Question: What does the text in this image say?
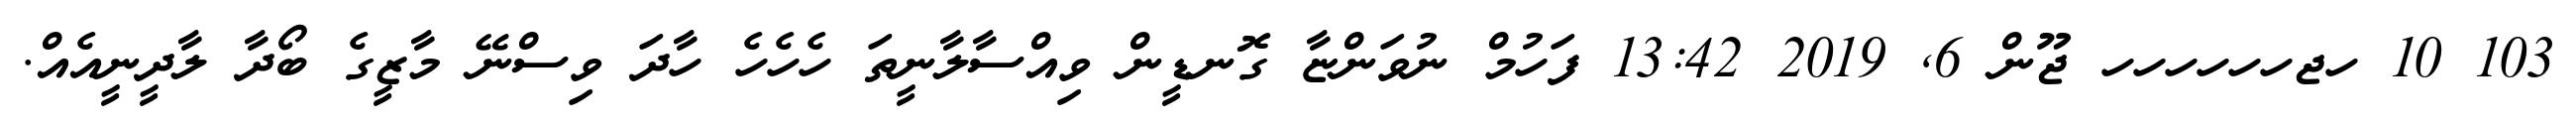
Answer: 103 10 ހޖހހހހހހ ޖޫން 6, 2019 13:42 ފަހުމް ނުވަންޏާ ގޮނޑީން ވިއްސާލާނީތަ ހެހެހެ ހާދަ ވިސްނޭ މާޒީގެ ބޯދާ ލާދީނީއެއް.